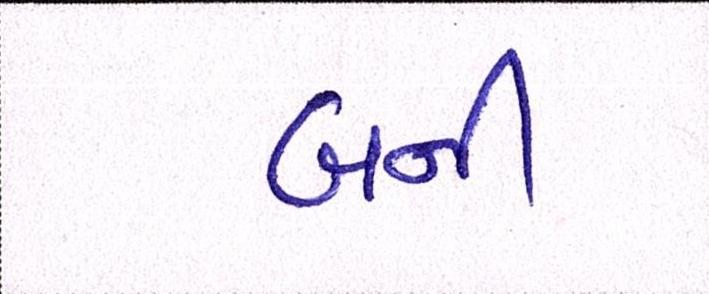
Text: બની